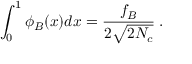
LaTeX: \int _ { 0 } ^ { 1 } \phi _ { B } ( x ) d x = \frac { f _ { B } } { 2 \sqrt { 2 N _ { c } } } \; .